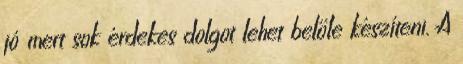
jó mert sok érdekes dolgot lehet belőle készíteni. A